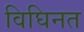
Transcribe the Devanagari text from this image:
विघिनत